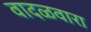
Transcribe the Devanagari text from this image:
वादळवारा